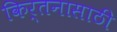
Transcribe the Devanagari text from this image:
किर्तनासाठी